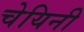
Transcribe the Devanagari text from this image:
चेयिनी